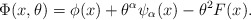
\begin{align*}\Phi(x,\theta) = \phi(x) + \theta^\alpha \psi_\alpha (x) - \theta^2 F(x).\end{align*}